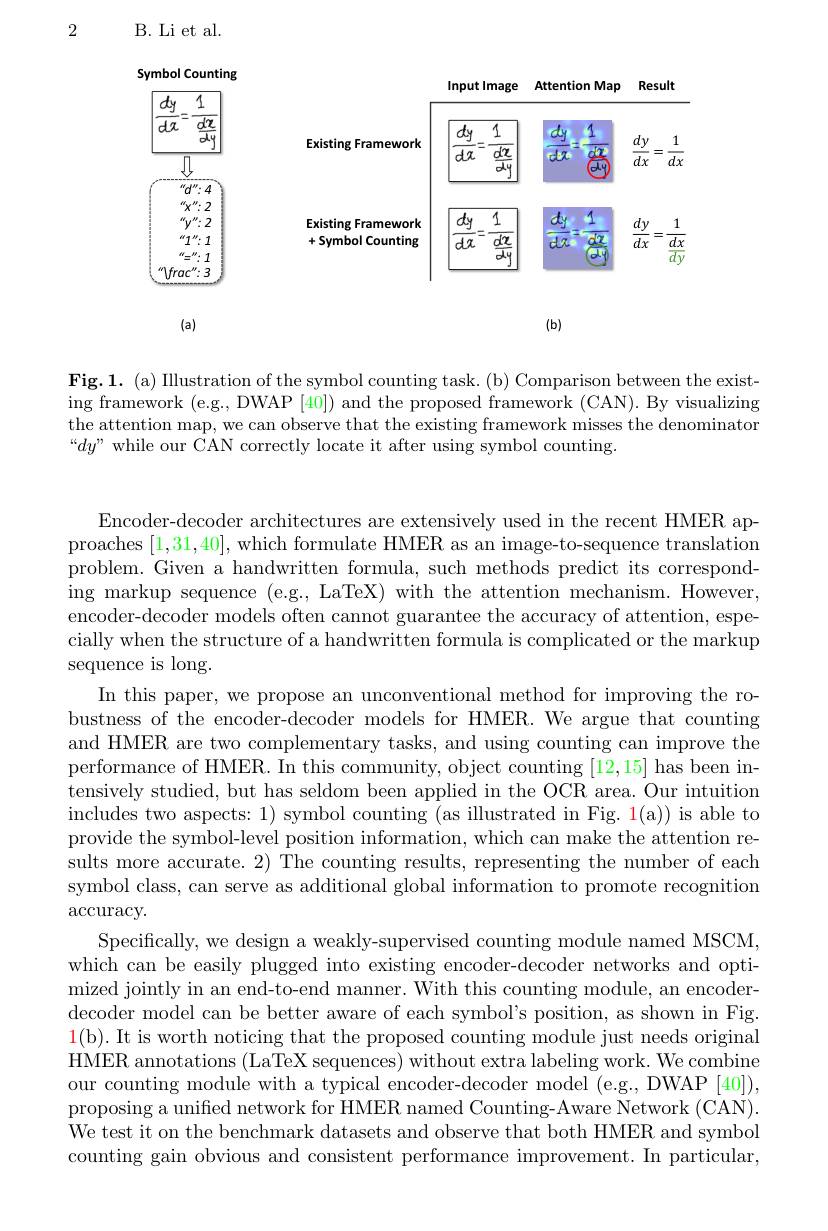
2

B. Li et al.

Symbol Counting
<FigureHere>

$(b)$

(a)

Fig.1. (a) Illustration of the symbol counting task. (b) Comparison between the existing framework (e.g., DWAP [40]) and the proposed framework (CAN). By visualizing the attention map, we can observe that the existing framework misses the denominator “$dy”$ while our CAN correctly locate it after using symbol counting.

Encoder-decoder architectures are extensively used in the recent HMER approaches [1,31,40], which formulate HMER as an image-to-sequence translation problem. Given a handwritten formula, such methods predict its corresponding markup sequence (e.g., LaTeX) with the attention mechanism. However, encoder-decoder models often cannot guarantee the accuracy of attention, especially when the structure of a handwritten formula is complicated or the markup sequence is long.
In this paper, we propose an unconventional method for improving the robustness of the encoder-decoder models for HMER. We argue that counting and HMER are two complementary tasks, and using counting can improve the performance of HMER. In this community, object counting [12,15] has been intensively studied, but has seldom been applied in the OCR area. Our intuition includes two aspects: 1) symbol counting (as illustrated in Fig. 1(a)) is able to provide the symbol-level position information, which can make the attention results more accurate. 2) The counting results, representing the number of each symbol class, can serve as additional global information to promote recognition $\arccos$racy.
Specifically, we design a weakly-supervised counting module named MSCM, which can be easily plugged into existing encoder-decoder networks and optimized jointly in an end-to-end manner. With this counting module, an encoderdecoder model can be better aware of each symbol's position, as shown in Fig. 1(b). It is worth noticing that the proposed counting module just needs original HMER annotations (LaTeX sequences) without extra labeling work. We combine our counting module with a typical encoder-decoder model (e.g., DWAP [40]), proposing a unified network for HMER named Counting-Aware Network (CAN). We test it on the benchmark datasets and observe that both HMER and symbol counting gain obvious and consistent performance improvement. In particular,